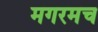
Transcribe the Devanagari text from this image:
मगरमच